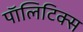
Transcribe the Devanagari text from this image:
पाॅलिटिक्स